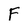
Character: F